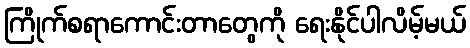
ကြိုက်စရာကောင်းတာတွေကို ရေးနိုင်ပါလိမ့်မယ်